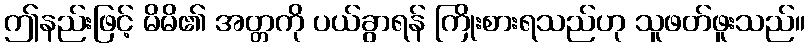
ဤနည်းဖြင့် မိမိ၏ အတ္တကို ပယ်ခွာရန် ကြိုးစားရသည်ဟု သူဖတ်ဖူးသည်။